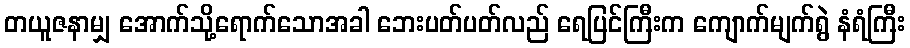
တယူဇနာမျှ အောက်သို့ရောက်သောအခါ ဘေးပတ်ပတ်လည် ရေပြင်ကြီးက ကျောက်မျက်ရွဲ နံရံကြီး